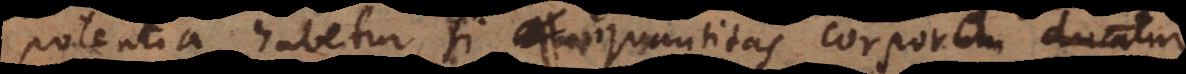
potentia habetur, si corpora ducantur